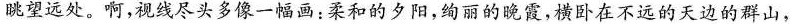
眺望远处。啊，视线尽头多像一幅画：柔和的夕阳，绚丽的晚霞，横卧在不远的天边的群山，